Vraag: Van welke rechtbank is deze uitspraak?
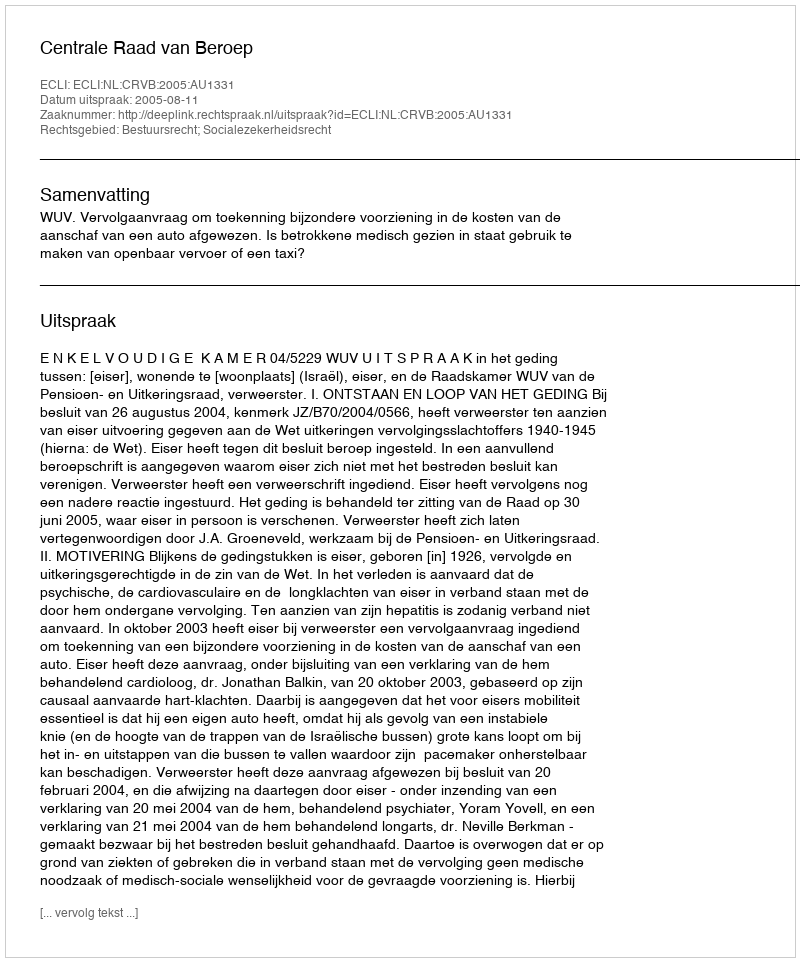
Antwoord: Centrale Raad van Beroep